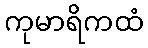
ကုမာရိကထံ